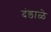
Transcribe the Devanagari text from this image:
दंडाळे